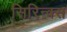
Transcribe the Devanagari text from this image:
सिरिन्क्स